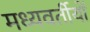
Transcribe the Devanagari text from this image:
मध्यवर्तीयों